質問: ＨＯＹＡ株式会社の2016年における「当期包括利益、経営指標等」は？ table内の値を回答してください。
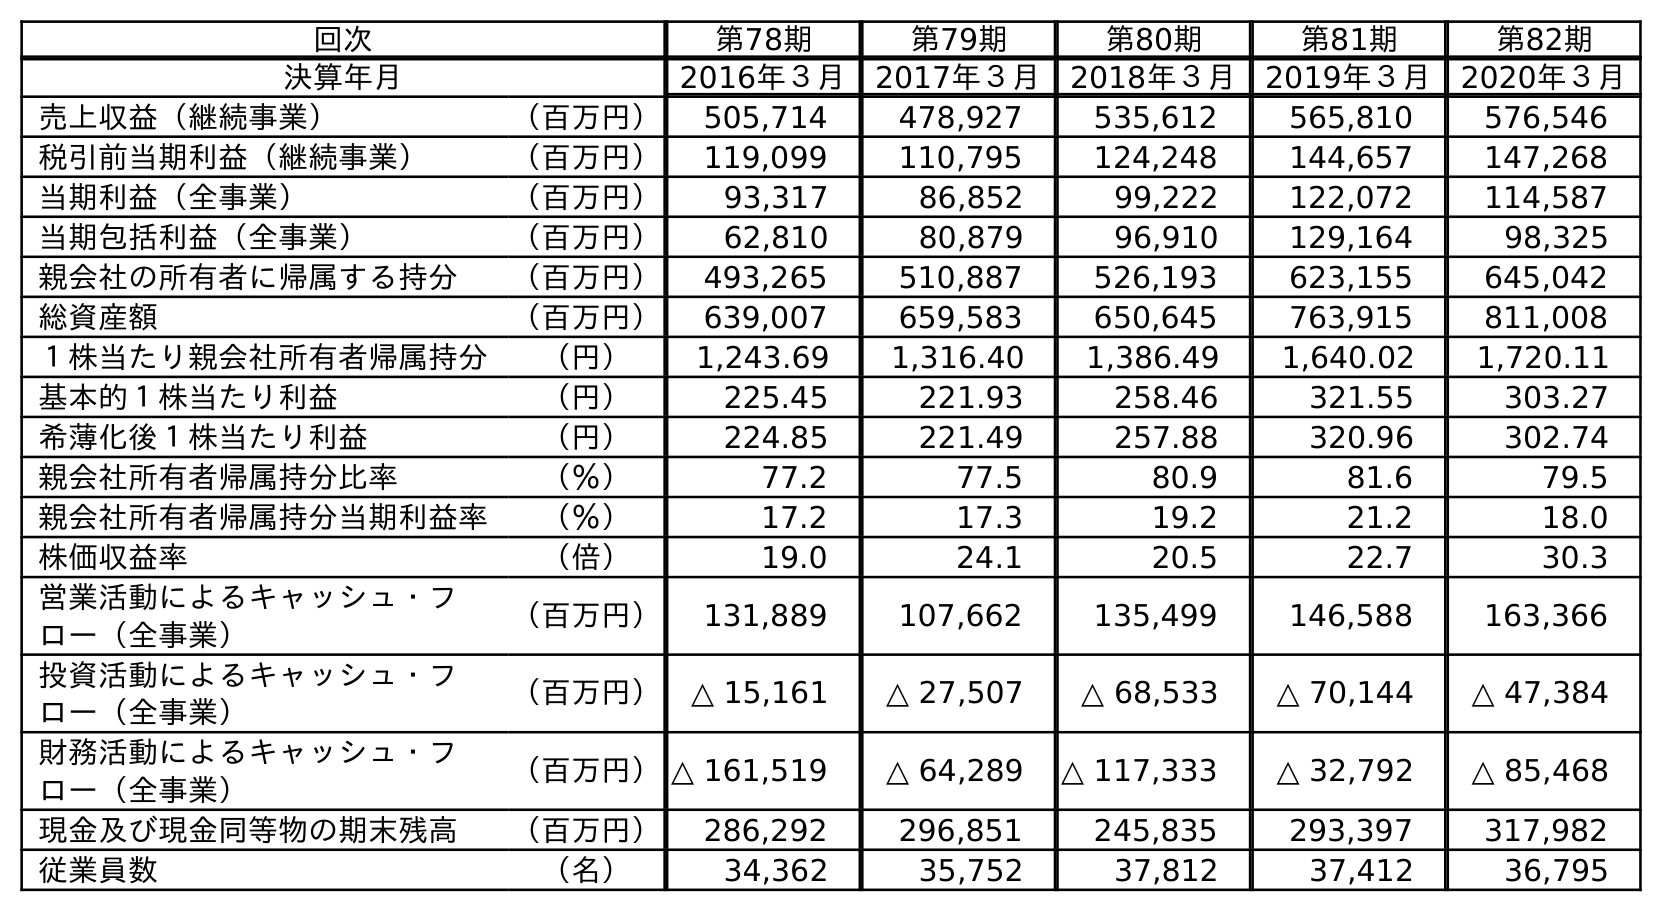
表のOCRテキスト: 回次 第78期 第79期 第80期 第81期 第82期 決算年月 2016年３月 2017年３月 2018年３月 2019年３月 2020年３月 売上収益（継続事業） （百万円） 505,714 478,927 535,612 565,810 576,546 税引前当期利益（継続事業） （百万円） 119,099 110,795 124,248 144,657 147,268 当期利益（全事業） （百万円） 93,317 86,852 99,222 122,072 114,587 当期包括利益（全事業） （百万円） 62,810 80,879 96,910 129,164 98,325 親会社の所有者に帰属する持分 （百万円） 493,265 510,887 526,193 623,155 645,042 総資産額 （百万円） 639,007 659,583 650,645 763,915 811,008 １株当たり親会社所有者帰属持分 （円） 1,243.69 1,316.40 1,386.49 1,640.02 1,720.11 基本的１株当たり利益 （円） 225.45 221.93 258.46 321.55 303.27 希薄化後１株当たり利益 （円） 224.85 221.49 257.88 320.96 302.74 親会社所有者帰属持分比率 （％） 77.2 77.5 80.9 81.6 79.5 親会社所有者帰属持分当期利益率 （％） 17.2 17.3 19.2 21.2 18.0 株価収益率 （倍） 19.0 24.1 20.5 22.7 30.3 営業活動によるキャッシュ・フ ロー（全事業） （百万円） 131,889 107,662 135,499 146,588 163,366 投資活動によるキャッシュ・フ ロー（全事業） （百万円） △ 15,161 △ 27,507 △ 68,533 △ 70,144 △ 47,384 財務活動によるキャッシュ・フ ロー（全事業） （百万円）△ 161,519 △ 64,289 △ 117,333 △ 32,792 △ 85,468 現金及び現金同等物の期末残高 （百万円） 286,292 296,851 245,835 293,397 317,982 従業員数 （名） 34,362 35,752 37,812 37,412 36,795
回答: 62,810